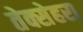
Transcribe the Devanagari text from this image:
तेक्सेहरा